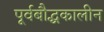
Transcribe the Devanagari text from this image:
पूर्वबौद्धकालीन